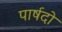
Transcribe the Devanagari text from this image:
पार्षदो